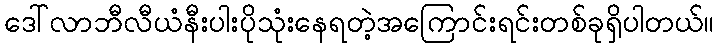
ဒေါ်လာဘီလီယံနီးပါးပိုသုံးနေရတဲ့အကြောင်းရင်းတစ်ခုရှိပါတယ်။